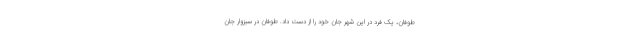
طوفان، یک فرد در این شهر جان خود را از دست داد. طوفان در سبزوار جان